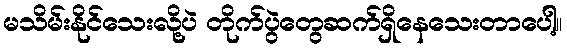
မသိမ်းနိုင်သေးလို့ပဲ တိုက်ပွဲတွေဆက်ရှိနေသေးတာပေါ့။